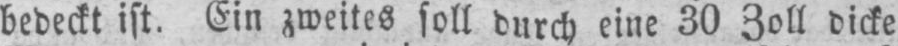
bedeckt ist. Ein zweites soll durch eine 30 Zoll dicke